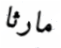
مارثا